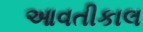
આવતીકાલ